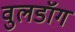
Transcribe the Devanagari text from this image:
वुलडॉग